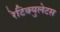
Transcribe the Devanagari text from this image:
रेटिक्युलेटस